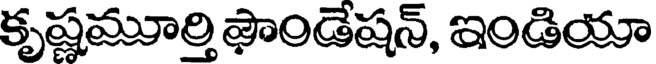
కృష్ణమూర్తి ఫౌండేషన్, ఇండియా